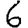
Digit: 6